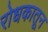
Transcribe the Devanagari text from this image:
रोधकातून